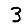
Digit: 3